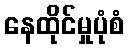
နေထိုင်မှုပုံစံ